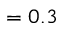
\c = 0 . 3